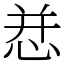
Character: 㤣